Insane asylums in Bengal annual reports 1867-1875 - 1867-1875
Year: 1867
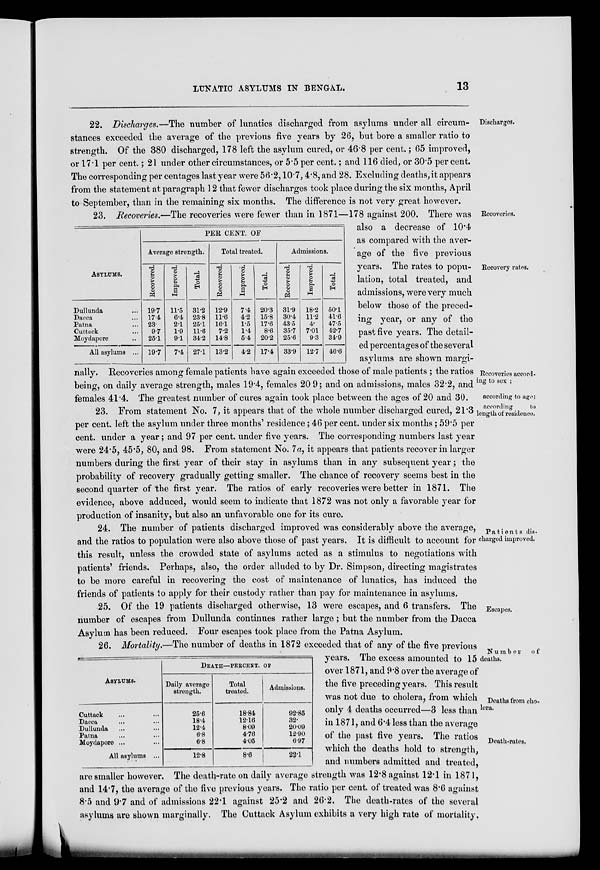
LUNATIC ASYLUMS IN BENGAL.
13
Discharges.
22. Discharges.—The number of lunatics discharged from asylums under all circum-
stances exceeded the average of the previous five years by 26, but bore a smaller ratio to
strength. Of the 380 discharged, 178 left the asylum cured, or 46.8 per cent.; 65 improved,
or 17.1 per cent.; 21 under other circumstances, or 5.5 per cent.; and 116 died, or 30.5 per cent.
The corresponding per centages last year were 56.2,10.7,4.8, and 28. Excluding deaths,it appears
from the statement at paragraph 12 that fewer discharges took place during the six months, April
to September, than in the remaining six months. The difference is not very great however.
Recoveries.
Recovery rates.
Recoveries accord-
ing to sex ;
ASYLUMS.
Dullunda ...
Dacca ...
Patna ...
Cuttack ...
Moydapore ...
All asylums ...
PER CENT. OF
Average strength.
Recovered.
19.7
17.4
23.
9.7
25.1
19.7
Improved.
11.5
6.4
2.1
1.9
9.1
7.4
Total.
31.2
23.8
25.1
11.6
34.2
27.1
Total treated.
Recovered.
12.9
11.6
16.1
7.2
14.8
13.2
Improved.
7.4
4.2
1.5
1.4
5.4
4.2
Total.
20.3
15.8
17.6
8.6
20.2
17.4
Admissions.
Recovered.
31.9
30.4
43.5
35.7
25.6
33.9
Improved.
18.2
11.2
4.
7.01
9.3
12.7
Total.
50.1
41.6
47.5
42.7
34.9
46.6
23. Recoveries.—The recoveries were fewer than in 1871—178 against 200. There was
also a decrease of 10.4
as compared with the aver-
age of the five previous
years. The rates to popu-
lation, total treated, and
admissions, were very much
below those of the preced-
ing year, or any of the
past five years. The detail-
ed percentages of the several
asylums are shown margi-
nally. Recoveries among female patients have again exceeded those of male patients; the ratios
being, on daily average strength, males 19.4, females 20 9; and on admissions, males 32.2, and
females 41.4. The greatest number of cures again took place between the ages of 20 and 30. according to age;
according
to
length of residence.
23. From statement No. 7, it appears that of the whole number discharged cured, 21.3
per cent. left the asylum under three months' residence; 46 per cent. under six months; 59.5 per
cent. under a year; and 97 per cent. under five years. The corresponding numbers last year
were 24.5, 45.5, 80, and 98. From statement No. 7a, it appears that patients recover in larger
numbers during the first year of their stay in asylums than in any subsequent year; the
probability of recovery gradually getting smaller. The chance of recovery seems best in the
second quarter of the first year. The ratios of early recoveries were better in 1871. The
evidence, above adduced, would seem to indicate that 1872 was not only a favorable year for
production of insanity, but also an unfavorable one for its cure.
Patients dis-
charged improved.
24. The number of patients discharged improved was considerably above the average,
and the ratios to population were also above those of past years. It is difficult to account for
this result, unless the crowded state of asylums acted as a stimulus to negotiations with
patients' friends. Perhaps, also, the order alluded to by Dr. Simpson, directing magistrates
to be more careful in recovering the cost of maintenance of lunatics, has induced the
friends of patients to apply for their custody rather than pay for maintenance in asylums.
Escapes.
25. Of the 19 patients discharged otherwise, 13 were escapes, and 6 transfers. The
number of escapes from Dullunda continues rather large ; but the number from the Dacca
Asylum has been reduced. Four escapes took place from the Patna Asylum.
Number
of
deaths.
Deaths from cho-
lera.
Death-rates.
ASYLUMS.
Cuttack ... ...
Dacca ... ...
Dullunda ... ...
Patna ... ...
Moydapore ... ...
All asylums ...
DEATH—PERCENT. OF
Daily average
strength.
25.6
18.4
12.4
6.8
6.8
12.8
Total
treated.
18.84
12.16
8.09
4.76
4.05
8.6
Admissions.
92.85
32.
20.09
12.90
6.97
22.1
26. Mortality.—The number of deaths in 1872 exceeded that of any of the five previous
years. The excess amounted to 15
over 1871, and 9.8 over the average of
the five preceding years. This result
was not due to cholera, from which
only 4 deaths occurred—3 less than
in 1871, and 6.4 less than the average
of the past five years. The ratios
which the deaths hold to strength,
and numbers admitted and treated,
are smaller however. The death-rate on daily average strength was 12.8 against 12.1 in 1871,
and 14.7, the average of the five previous years. The ratio per cent. of treated was 8.6 against
8.5 and 9.7 and of admissions 22.1 against 25.2 and 26.2. The death-rates of the several
asylums are shown marginally. The Cuttack Asylum exhibits a very high rate of mortality.